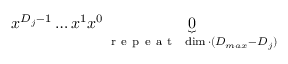
\boldsymbol { x } ^ { D _ { j } - 1 } \ldots \boldsymbol { x } ^ { 1 } \boldsymbol { x } ^ { 0 } \underbrace { 0 } _ { \mathrm { ~ r ~ e ~ p ~ e ~ a ~ t ~ } \ \dim \cdot ( D _ { m a x } - D _ { j } ) }